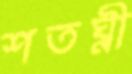
শতঘ্নী